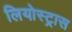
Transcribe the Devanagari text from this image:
लियोस्ट्रास